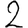
Digit: 2